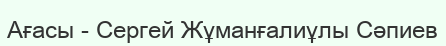
Ағасы - Сергей Жұманғалиұлы Сәпиев